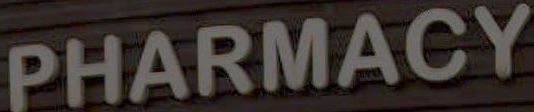
PHARMACY